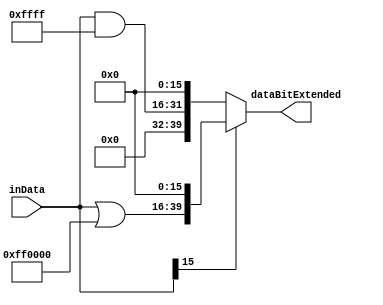
//Yu Feng and Luke Allen
`timescale 1ns / 1ps



module calcSignExtend(
	inData,
	dataBitExtended
    );
	input [15:0] inData;
	output reg [39:0] dataBitExtended;
      always @ (inData) begin
          //Sign extend/Pad module
          //Sign extends to 24 bits, then pads sixteen 0's on the right
	  //$display("data input is %h.\t", inData);
	  //Bitextender24()->40
	  if(inData[15]) begin//{inData[15] is sign bit of input data. Equal to 1 if negative
	      dataBitExtended = {(inData | 24'hFF0000), 16'h0000};
	  end//}end if(inData[15])
	  else begin//{
	      dataBitExtended = {(inData & 24'h00FFFF), 16'h0000};
	  end//}end else begin (inData[15] chunk)

      
      end
      
endmodule